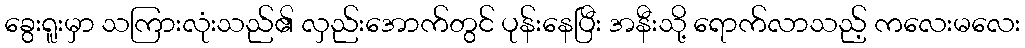
ခွေးရူးမှာ သကြားလုံးသည်၏ လှည်းအောက်တွင် ပုန်းနေပြီး အနီးသို့ ရောက်လာသည့် ကလေးမလေး